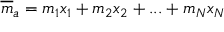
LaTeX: { \overline { { m } } } _ { a } = m _ { 1 } x _ { 1 } + m _ { 2 } x _ { 2 } + . . . + m _ { N } x _ { N }